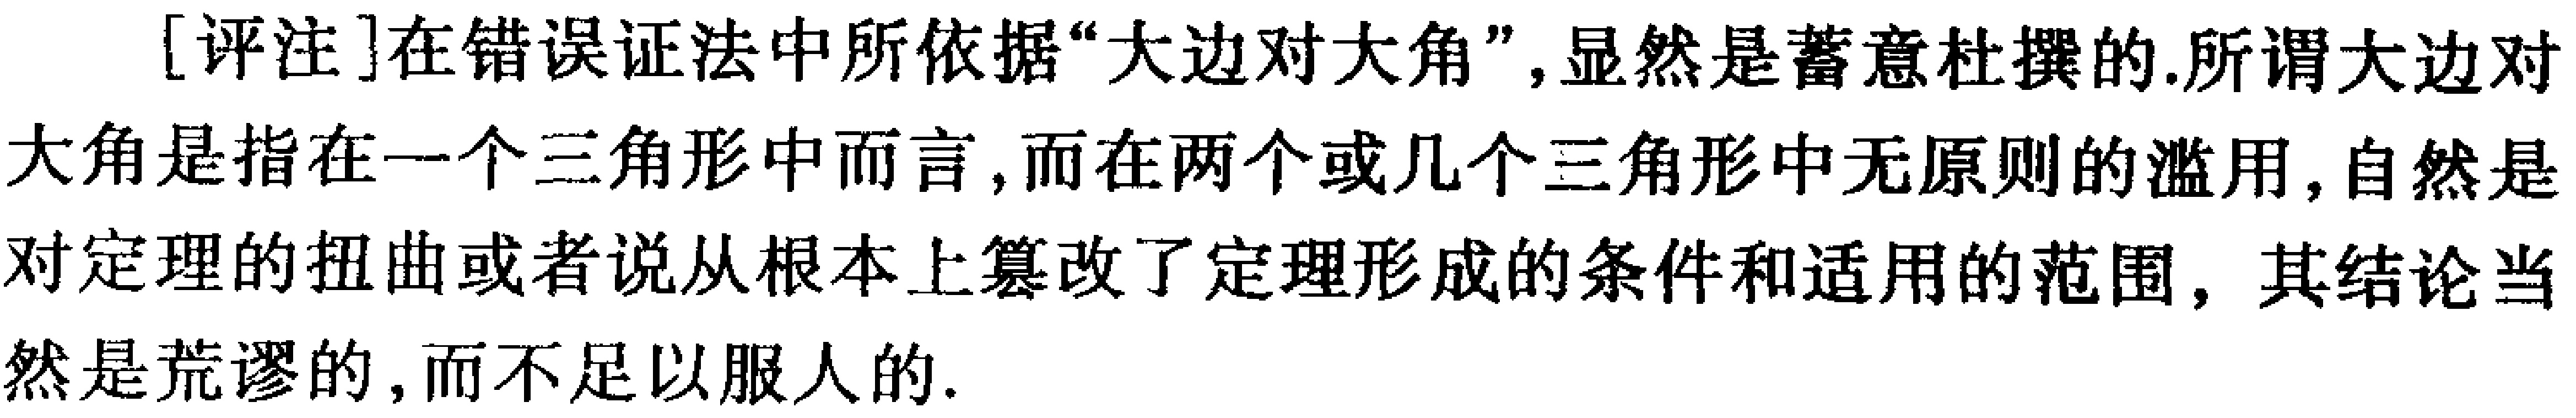
[评注]在错误证法中所依据“大边对大角”,显然是蓄意杜撰的.所谓大边对大角是指在一个三角形中而言,而在两个或几个三角形中无原则的滥用,自然是对定理的扭曲或者说从根本上篡改了定理形成的条件和适用的范围, 其结论当然是荒谬的,而不足以服人的.